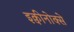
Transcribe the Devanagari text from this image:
इक्वीनोक्से